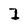
Character: I